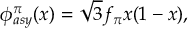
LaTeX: \phi _ { a s y } ^ { \pi } ( x ) = \sqrt { 3 } f _ { \pi } x ( 1 - x ) ,